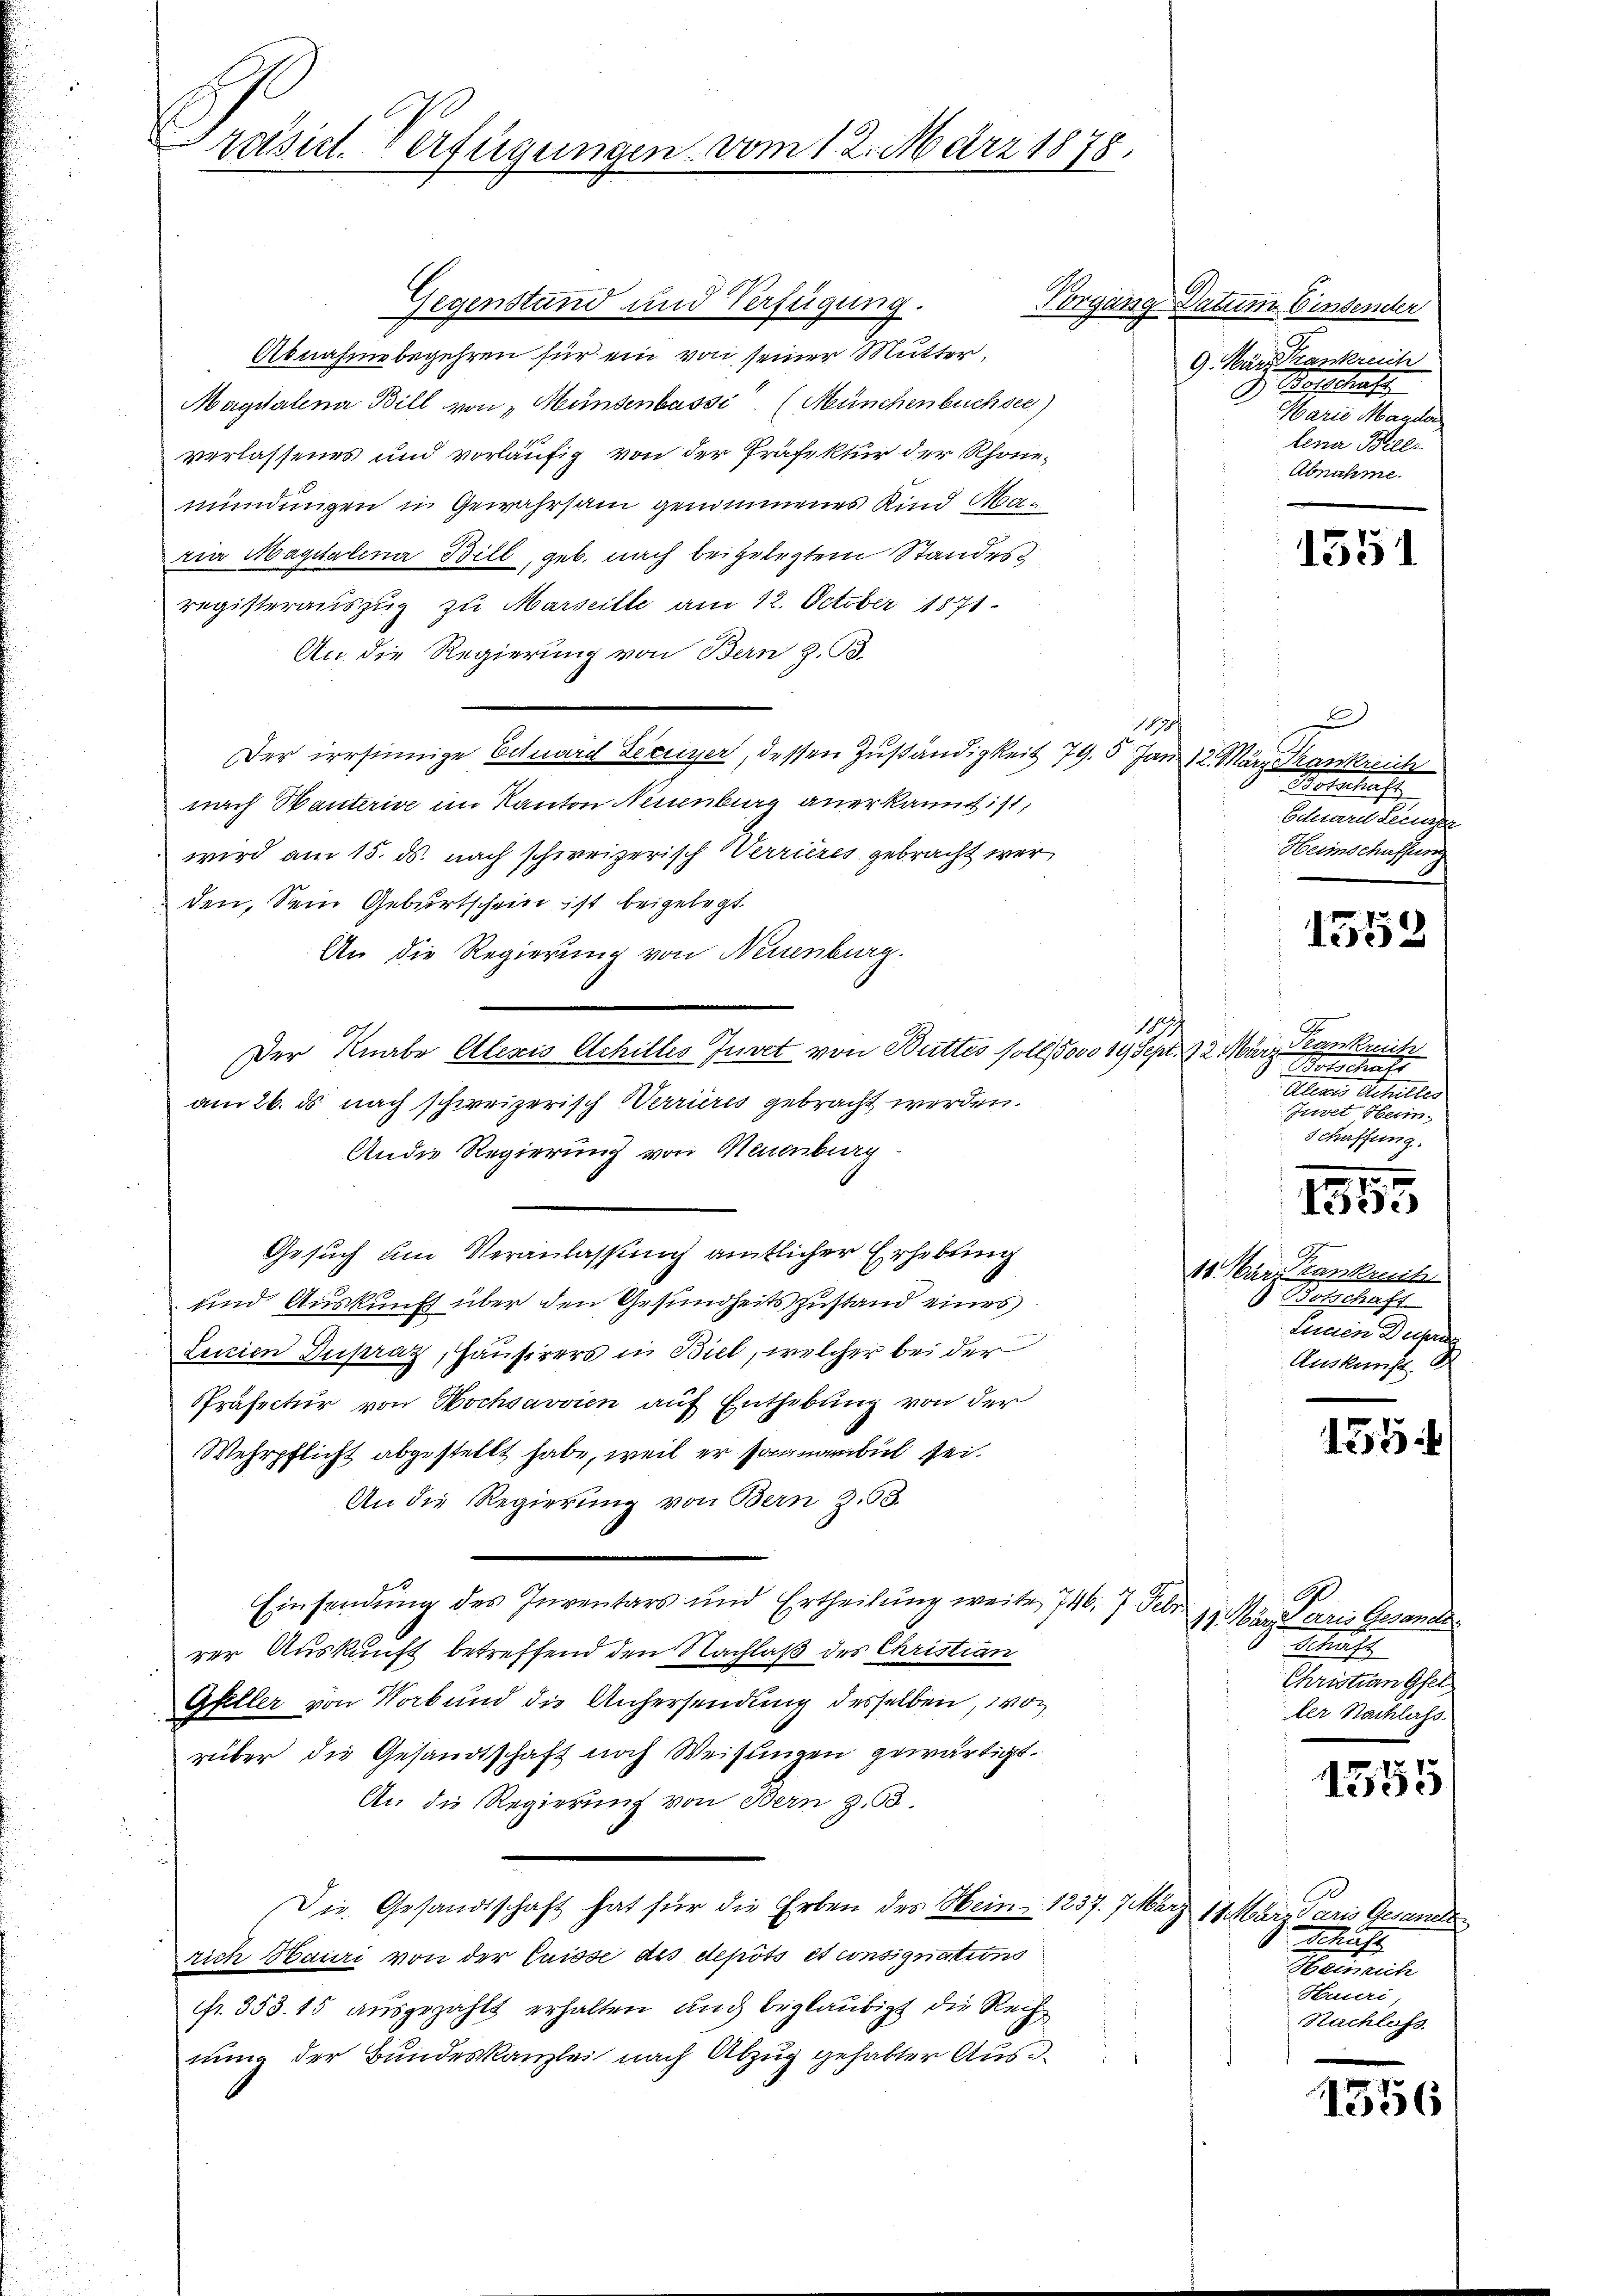
päsiel. Verfügungen vom 12. März 1878,

Gegenstand und Verfügung.
Abnahme begehren für ein von seiner Mutter,
Magdalena Bill von Mündenbassi (Münchenbuchsee)
verlassenes und vorläufig von der Präfektur der Rhonemündungen in Gewahrsam genommenes Kind Maria Magitalena Bill, geb. nach beigelegtem Standesregisterauszug zu Marseille am 12. October 1871
An die Regierung von Bern z. B.
18
Der irrsinnige Eduard Zeuger, dessen Zuständigkeit 79. 5 Jan 12. März Krankreich
nach Bauterise im Kanton Neuenburg anerkannt ist,
wird am 15. ds. nach schweizerisch Verrieres gebracht werden, sein Geburtschein ist beigelegt.
An die Regierung von Neuenburg.
e
184
Der Knabe Alexis Achilles Juret von Buttes soll Jovo 19 Sept. 12. März lankrech
am 26. ds nach schweizerisch errieres gebracht werden.
Ander Regierung von Neuenburg
Gesuch um Veranlassung amtlicher Erhebung
und Auskunft über den Gesundheits Zustand eines
Luicien Dupraz, Hausirers in Biel, welcher bei der
Präfectur von Hochsavvien auf Enthebung von der
Wehrpflicht abgestellt habe, weil er sonnabel sei.
An die Regierung von Bern Z. 53.
Einsendung des Inventars und Ertheilung weite 746. 7. Febr.
rer Auskunft betreffend den Nachlaß des Christian
Gfeller von Worb und die Anhersendung desselben, von
rüber die Gesandtschaft noch Weisungen gewärtigt.
An die Regierung von Bern z. 63.
Die Gesandtschaft hat für die Erben des Hein- 1237. 7 März 17 März aris Gesandts
rich Bauri von der Cuisse des depots et consignations
Fr. 353. 15 ausgezahlt erhalten auch beglaubigt die Rechnung der Bundeskanzlei nach Abzug gehabter Aus¬

Vorgang Datum bindender
9. März Krankreich
. Hofschaft
Marie Mander
lena Bill
Abnahme.

c
Botschaft
Eduard Leinger
Herinschaffen

1551

1552

A
J. Botschaft
Allen Scheller
Juvet Herin
Schaffung.

11. März dankrech
Botschaft
denen Dupree
Auskunft B

.
1

155.

17. März erris Gesandte
Schuss
Christian Gfel
ter Nachlass

1555

1
Schaft
Heinreiche
Hruri,
Nachlass

1556